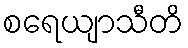
စရေယျာသီတိ